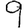
Digit: 9